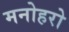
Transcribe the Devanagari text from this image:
मनोहरो